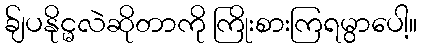
ခ်ျပနိုင္မလဲဆိုတာကို ကြိုးစားကြရမွာပေါ့။